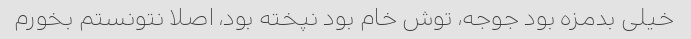
خیلی بدمزه بود جوجه، توش خام بود نپخته بود، اصلا نتونستم بخورم